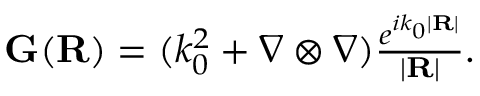
\begin{array} { r } { \mathbf G ( \mathbf { R } ) = ( k _ { 0 } ^ { 2 } + \nabla \otimes \nabla ) \frac { e ^ { i k _ { 0 } | \mathbf { R } | } } { | \mathbf { R } | } . } \end{array}